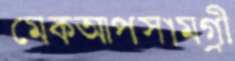
মেকআপসামগ্রী